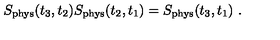
S _ { \mathrm { p h y s } } ( t _ { 3 } , t _ { 2 } ) S _ { \mathrm { p h y s } } ( t _ { 2 } , t _ { 1 } ) = S _ { \mathrm { p h y s } } ( t _ { 3 } , t _ { 1 } ) \ .